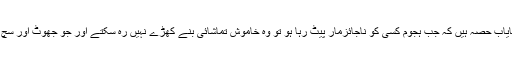
جو پاکستان کے معاشرے کا وہ نایاب حصہ ہیں کہ جب ہجوم کسی کو ناجائزمار پیٹ رہا ہو تو وہ خاموش تماشائی بنے کھڑے نہیں رہ سکتے اور جو جھوٹ اور سچ ذاتی مفاد کی خاطرنہیں گھڑتے ۔